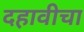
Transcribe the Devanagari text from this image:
दहावीचा